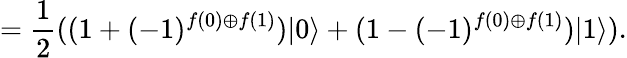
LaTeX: ={\frac{1}{2}}((1+(-1)^{f(0)\oplus f(1)})|0\rangle+(1-(-1)^{f(0)\oplus f(1)})|1\rangle).